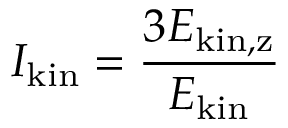
I _ { \mathrm { k i n } } = \frac { 3 E _ { \mathrm { k i n , z } } } { E _ { \mathrm { k i n } } }